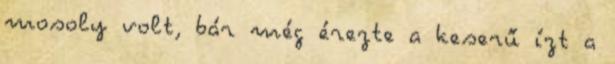
mosoly volt, bár még érezte a keserű ízt a